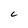
Character: C